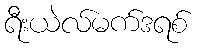
ရီးယဲလ်မက်ဒရစ်